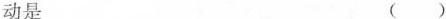
动是 ( )